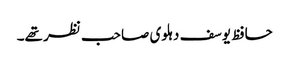
حافظ یوسف دہلوی صاحب نظر تھے۔